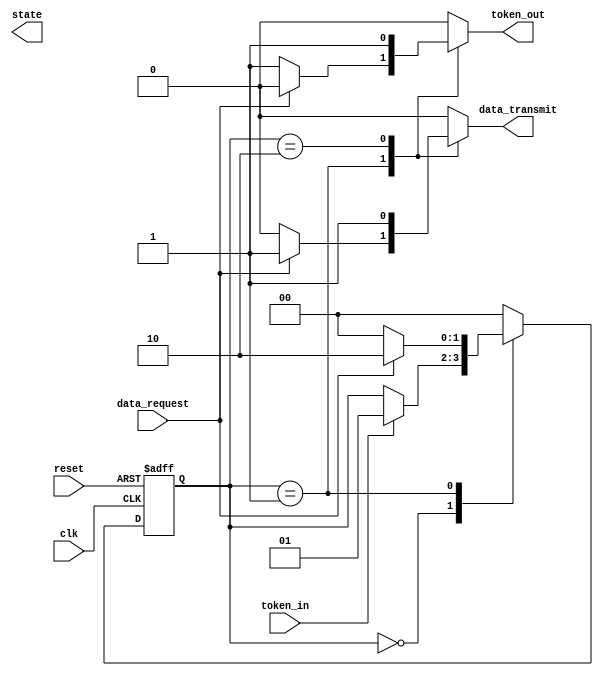
module token_ring_synchronizer (
    input wire clk,               // Clock signal
    input wire reset,             // Reset signal
    input wire token_in,          // Token input from the previous node
    input wire data_request,      // Data request signal from the node
    output reg token_out,         // Token output to the next node
    output reg data_transmit,     // Data transmit signal
    output reg [1:0] state        // State of the FSM
);

// State encoding
localparam IDLE          = 2'b00;
localparam TOKEN_PRESENT = 2'b01;
localparam DATA_TRANSMIT = 2'b10;

// State variable
reg [1:0] current_state, next_state;

// Sequential logic for state transition
always @(posedge clk or posedge reset) begin
    if (reset) begin
        current_state <= IDLE;
    end else begin
        current_state <= next_state;
    end
end

// Combinational logic for next state and outputs
always @(*) begin
    // Default outputs
    token_out = 0;
    data_transmit = 0;
    next_state = current_state;

    case (current_state)
        IDLE: begin
            if (token_in) begin
                next_state = TOKEN_PRESENT;
            end
        end
        
        TOKEN_PRESENT: begin
            if (data_request) begin
                data_transmit = 1;
                next_state = DATA_TRANSMIT;
            end else begin
                token_out = 1; // Pass the token to the next node
                next_state = IDLE;
            end
        end
        
        DATA_TRANSMIT: begin
            data_transmit = 1; // Continue data transmission
            next_state = IDLE; // After transmission, pass the token
            token_out = 1; // Pass the token to the next node
        end
        
        default: begin
            next_state = IDLE; // Fallback state
        end
    endcase
end

endmodule